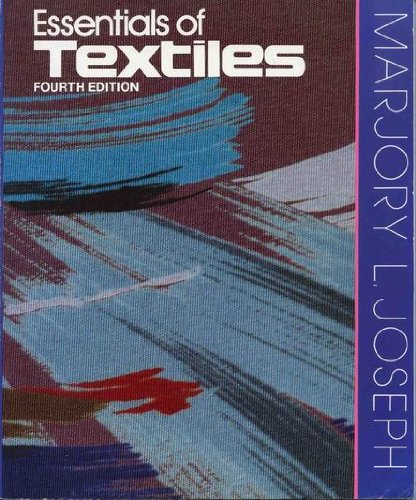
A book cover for Essentials of Textiles; Marjory L. Joseph; Crafts, Hobbies & Home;